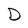
Character: e